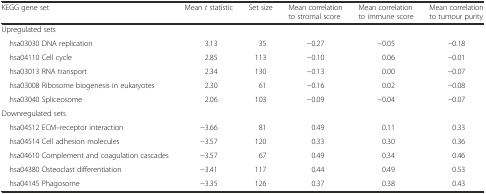
<table><thead><tr><td><b>KEGG gene set</b></td><td><b>Mean <i>t</i> statistic</b></td><td><b>Set size</b></td><td><b>Mean correlation to stromal score</b></td><td><b>Mean correlation to immune score</b></td><td><b>Mean correlation to tumour purity</b></td></tr></thead><tbody><tr><td>Upregulated sets</td><td></td><td></td><td></td><td></td><td></td></tr><tr><td> hsa03030 DNA replication</td><td>3.13</td><td>35</td><td>−0.27</td><td>−0.05</td><td>−0.18</td></tr><tr><td> hsa04110 Cell cycle</td><td>2.85</td><td>113</td><td>−0.10</td><td>0.06</td><td>−0.01</td></tr><tr><td> hsa03013 RNA transport</td><td>2.34</td><td>130</td><td>−0.13</td><td>0.00</td><td>−0.07</td></tr><tr><td> hsa03008 Ribosome biogenesis in eukaryotes</td><td>2.30</td><td>61</td><td>−0.16</td><td>0.02</td><td>−0.08</td></tr><tr><td> hsa03040 Spliceosome</td><td>2.06</td><td>103</td><td>−0.09</td><td>−0.04</td><td>−0.07</td></tr><tr><td colspan="6">Downregulated sets</td></tr><tr><td> hsa04512 ECM–receptor interaction</td><td>−3.66</td><td>81</td><td>0.49</td><td>0.11</td><td>0.33</td></tr><tr><td> hsa04514 Cell adhesion molecules</td><td>−3.57</td><td>120</td><td>0.33</td><td>0.30</td><td>0.36</td></tr><tr><td> hsa04610 Complement and coagulation cascades</td><td>−3.57</td><td>67</td><td>0.49</td><td>0.34</td><td>0.46</td></tr><tr><td> hsa04380 Osteoclast differentiation</td><td>−3.41</td><td>117</td><td>0.44</td><td>0.49</td><td>0.53</td></tr><tr><td> hsa04145 Phagosome</td><td>−3.35</td><td>126</td><td>0.37</td><td>0.38</td><td>0.43</td></tr></tbody></table>